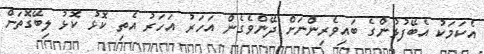
އެކަމަކު އެބޭފުޅުންގެ ބައިވެރިންނަށް ދޭންވެގެން އަހަރު އަހަރު އެތި ކޮޅު ކޮޅު ލިބޭގޮތަށް